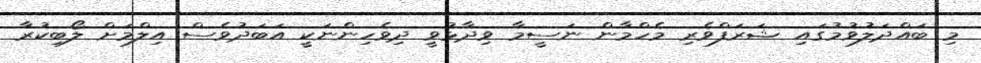
މި ބައްދަލުވުމުގައި ޝަރަފްވެރި މެހްމާން ނަސީމާ ވިދާޅުވީ ދިވެހިންނަކީ އަބަދުވެސް އިލްމަށް ލޯބިކުރާ